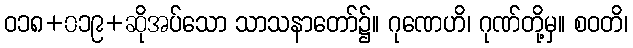
ဝ၁၈+၀၁၉+ဆိုအပ်သော သာသနာတော်၌။ ဂုဏေဟိ၊ ဂုဏ်တို့မှ။ စဝတိ၊